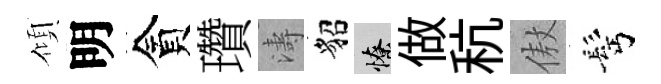
傾明貪瓚濤貂憭做秔傲髩